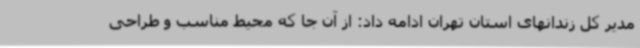
مدیر کل زندانهای استان تهران ادامه داد: از آن جا که محیط مناسب و طراحی